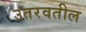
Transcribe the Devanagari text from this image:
उतरवतील